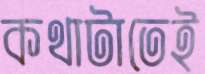
কথাটাতেই